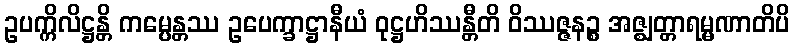
ဥပက္ကိလိဋ္ဌန္တိ ကမ္ပေန္တဿ ဥပေက္ခာဋ္ဌာနီယံ ဝုဋ္ဌဟိဿန္တီတိ ဝိဿဇ္ဇနဉ္စ အဇ္ဈတ္တာရမ္မဏာတိပိ